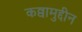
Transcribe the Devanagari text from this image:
कव्वामुद्दीन